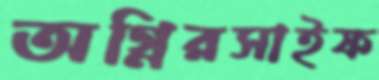
অগ্নিরসাইফ